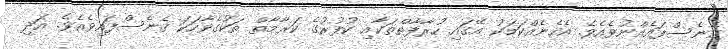
ގެނެސްފައެއްނުވެއެވެ. އެހެނެއްކަމަކު އޭގައި ހުރާފާތްތަކާއި ކުފުރުގެ ކަރާމާތް ތަކުގެވާހަކަ ގެނެސްފައިވެއެވެ. އަދި